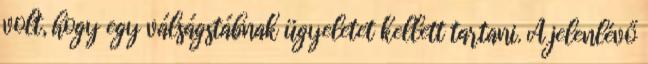
volt, hogy egy válságstábnak ügyeletet kellett tartani. A jelenlévő